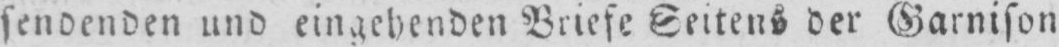
sendenden und eingebenden Briefe Seitens der Garnison